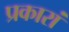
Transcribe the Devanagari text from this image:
प्रकारां